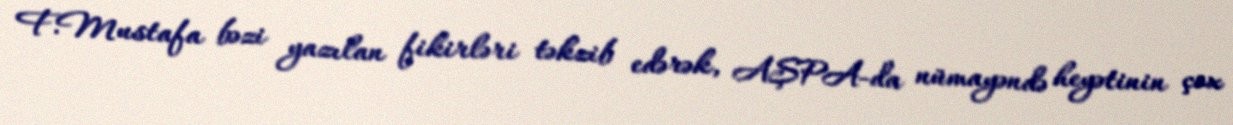
F.Mustafa bəzi yazılan fikirləri təkzib edərək, AŞPA-da nümayəndə heyətinin çox